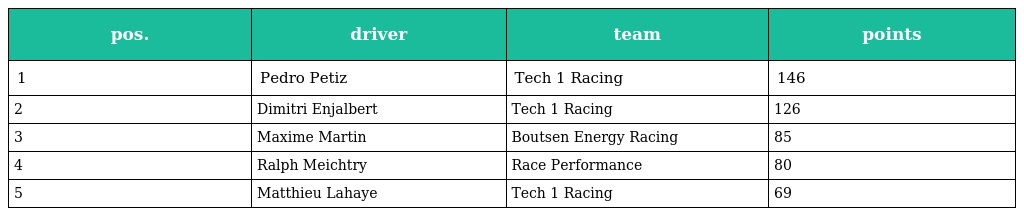
| pos. | driver | team | points |
 | --- | --- | --- | --- |
 | 1 | Pedro Petiz | Tech 1 Racing | 146 |
 | 2 | Dimitri Enjalbert | Tech 1 Racing | 126 |
 | 3 | Maxime Martin | Boutsen Energy Racing | 85 |
 | 4 | Ralph Meichtry | Race Performance | 80 |
 | 5 | Matthieu Lahaye | Tech 1 Racing | 69 |